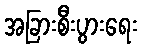
အခြားစီးပွားရေး